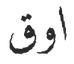
اوق